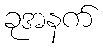
ခုအနက်